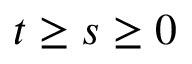
t \ge s \ge 0